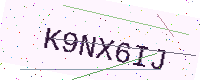
Text: K9NX6IJ